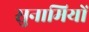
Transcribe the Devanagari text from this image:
सुनामियों